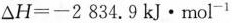
$$△ H = - 2 8 3 4 . 9 kJ·mol^{-1}$$